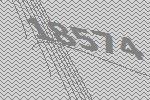
18574